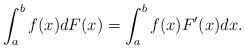
LaTeX: \begin{align*} \int_{a}^{b}f(x) dF(x)=\int_{a}^{b}f(x)F'(x)dx. \end{align*}